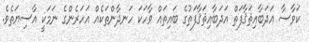
ކަވާސާ އަދަބާއިޘަޤާފަތް އަދަބާއިޘަޤާފަތުގެ ބައިތައް ވާހަކަ ހަނދާންތަކެއް އަހަރެންގެ ނަމަކީ އާސިޔަތެވެ.